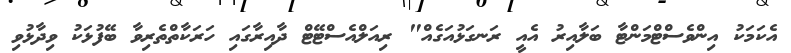
އެކަމަކު އިންވެސްޓްމަންޓާ ބަލާއިރު އެއީ ރަނގަޅުއަގެއް" ރިއަލްއެސްޓޭޓް ދާއިރާގައި ހަރަކާތްތެރިވާ ބޭފުޅަކު ވިދާޅުވި